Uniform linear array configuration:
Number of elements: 4
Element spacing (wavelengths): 0.75
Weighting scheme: blackman
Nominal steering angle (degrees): -60
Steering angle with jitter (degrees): -59.2
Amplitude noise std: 0.05
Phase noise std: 0.05

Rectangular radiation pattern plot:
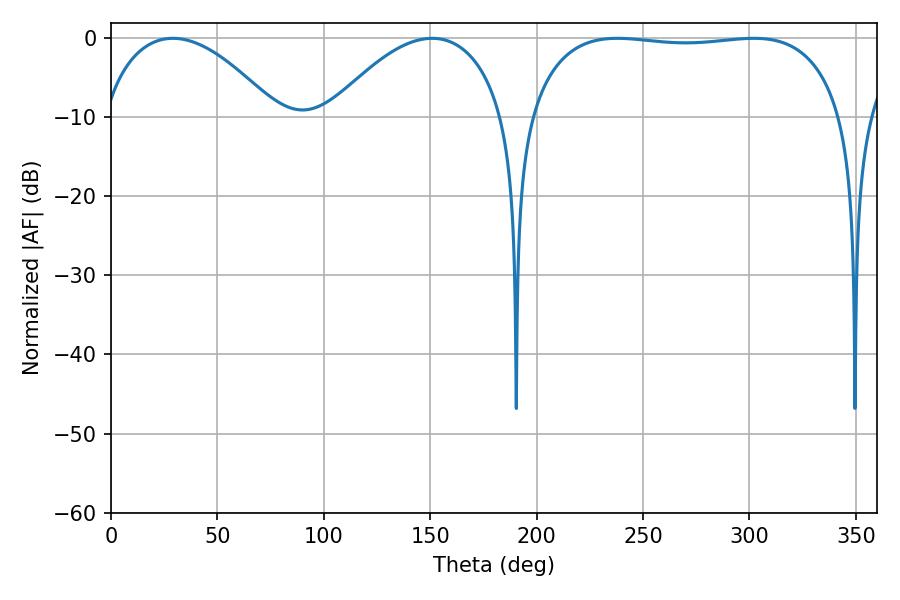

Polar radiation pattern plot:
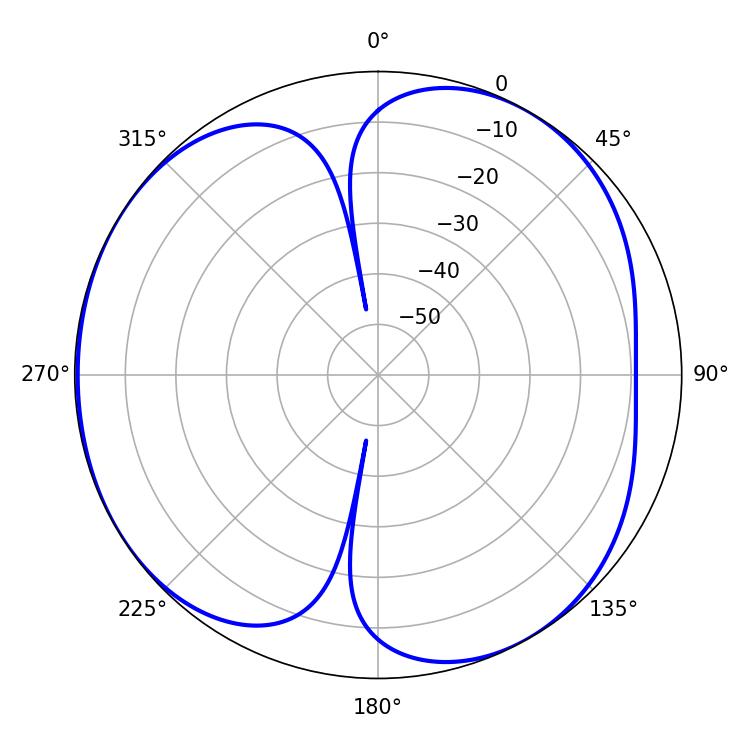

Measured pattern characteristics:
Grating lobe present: TRUE
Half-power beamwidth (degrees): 118.08
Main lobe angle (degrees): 237.96